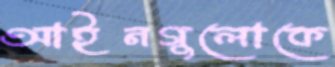
আইনগুলোকে